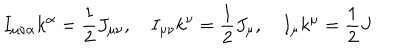
I _ { \mu \nu \alpha } k ^ { \alpha } = \frac { 1 } { 2 } J _ { \mu \nu } , I _ { \mu \nu } k ^ { \nu } = \frac { 1 } { 2 } J _ { \mu } , I _ { \mu } k ^ { \mu } = \frac { 1 } { 2 } J